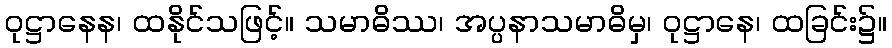
ဝုဋ္ဌာနေန၊ ထနိုင်သဖြင့်။ သမာဓိဿ၊ အပ္ပနာသမာဓိမှ၊ ဝုဋ္ဌာနေ၊ ထခြင်း၌။